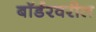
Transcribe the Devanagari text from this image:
बॉर्डरवरील